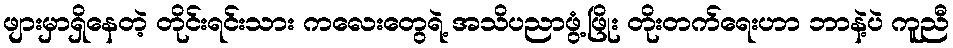
ဖျားမှာရှိနေတဲ့ တိုင်းရင်းသား ကလေးတွေရဲ့ အသိပညာဖွံ့ဖြိုး တိုးတက်ရေးဟာ ဘာနဲ့ပဲ ကူညီ